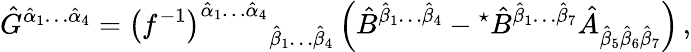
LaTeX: \hat{G}^{\hat{\alpha}_{1}\ldots\hat{\alpha}_{4}}=\left(f^{-1}\right)^{\hat{\alpha}_{1}\ldots\hat{\alpha}_{4}}{}_{\hat{\beta}_{1}\ldots\hat{\beta}_{4}}\left(\hat{B}^{\hat{\beta}_{1}\ldots\hat{\beta}_{4}}-{}^{\star}\hat{B}^{\hat{\beta}_{1}\ldots\hat{\beta}_{7}}\hat{A}_{\hat{\beta}_{5}\hat{\beta}_{6}\hat{\beta}_{7}}\right)\, ,